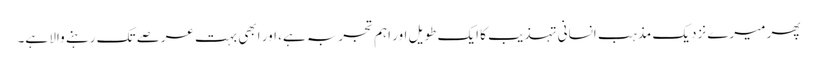
پھر میرے نزدیک مذہب انسانی تہذیب کا ایک طویل اور اہم تجربہ ہے، اور ابھی بہت عرصے تک رہنے والا ہے۔